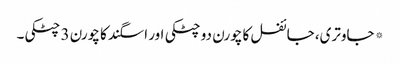
* جاوتری، جائفل کا چورن دو چٹکی اور اسگند کا چورن 3 چٹکی۔